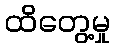
ထိတွေ့မှု